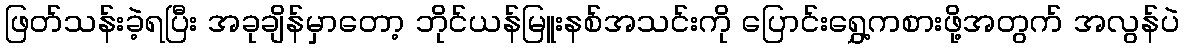
ဖြတ်သန်းခဲ့ရပြီး အခုချိန်မှာတော့ ဘိုင်ယန်မြူးနစ်အသင်းကို ပြောင်းရွှေ့ကစားဖို့အတွက် အလွန်ပဲ